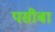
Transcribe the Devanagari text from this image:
पसीबा